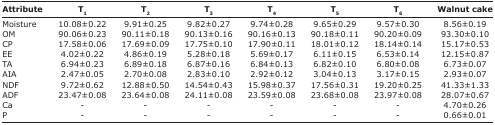
<table><thead><tr><td><b>Attribute</b></td><td><b>T<sub>1</sub></b></td><td><b>T<sub>2</sub></b></td><td><b>T<sub>3</sub></b></td><td><b>T<sub>4</sub></b></td><td><b>T<sub>5</sub></b></td><td><b>T<sub>6</sub></b></td><td><b>Walnut cake</b></td></tr></thead><tbody><tr><td>Moisture</td><td>10.08±0.22</td><td>9.91±0.25</td><td>9.82±0.27</td><td>9.74±0.28</td><td>9.65±0.29</td><td>9.57±0.30</td><td>8.56±0.19</td></tr><tr><td>OM</td><td>90.06±0.23</td><td>90.11±0.18</td><td>90.13±0.16</td><td>90.16±0.13</td><td>90.18±0.11</td><td>90.20±0.09</td><td>93.30±0.10</td></tr><tr><td>CP</td><td>17.58±0.06</td><td>17.69±0.09</td><td>17.75±0.10</td><td>17.90±0.11</td><td>18.01±0.12</td><td>18.14±0.14</td><td>15.17±0.53</td></tr><tr><td>EE</td><td>4.02±0.22</td><td>4.86±0.19</td><td>5.28±0.18</td><td>5.69±0.17</td><td>6.11±0.15</td><td>6.53±0.14</td><td>12.15±0.87</td></tr><tr><td>TA</td><td>6.94±0.23</td><td>6.89±0.18</td><td>6.87±0.16</td><td>6.84±0.13</td><td>6.82±0.10</td><td>6.80±0.08</td><td>6.73±0.07</td></tr><tr><td>AIA</td><td>2.47±0.05</td><td>2.70±0.08</td><td>2.83±0.10</td><td>2.92±0.12</td><td>3.04±0.13</td><td>3.17±0.15</td><td>2.93±0.07</td></tr><tr><td>NDF</td><td>9.72±0.62</td><td>12.88±0.50</td><td>14.54±0.43</td><td>15.98±0.37</td><td>17.56±0.31</td><td>19.20±0.25</td><td>41.33±1.33</td></tr><tr><td>ADF</td><td>23.47±0.08</td><td>23.64±0.08</td><td>24.11±0.08</td><td>23.59±0.08</td><td>23.68±0.08</td><td>23.97±0.08</td><td>28.07±0.67</td></tr><tr><td>Ca</td><td>-</td><td>-</td><td>-</td><td>-</td><td>-</td><td>-</td><td>4.70±0.26</td></tr><tr><td>P</td><td>-</td><td>-</td><td>-</td><td>-</td><td>-</td><td>-</td><td>0.66±0.01</td></tr></tbody></table>